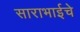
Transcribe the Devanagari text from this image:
साराभाईचे